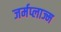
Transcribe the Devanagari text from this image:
जर्मप्लाज्म